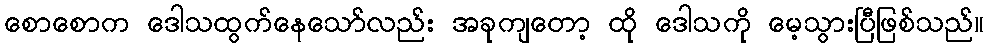
စောစောက ဒေါသထွက်နေသော်လည်း အခုကျတော့ ထို ဒေါသကို မေ့သွားပြီဖြစ်သည်။